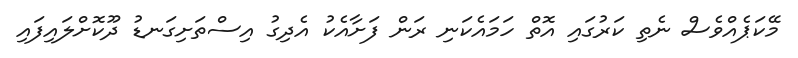
މޭކަޕެއްވެސް ނެތި ކަރުގައި އޮތް ހަމައެކަނި ރަން ފަށާއެކު އެދިގު އިސްތަށިގަނޑު ދޫކޮށްލައިފައި